Source: Handwritten
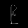
Digit: ၉ (9)